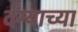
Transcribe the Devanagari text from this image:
र्दग्याच्या